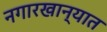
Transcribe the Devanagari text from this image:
नगारखान्यात